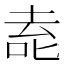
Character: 唟